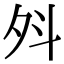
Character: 斘